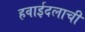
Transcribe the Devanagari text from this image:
हवाईदलाची